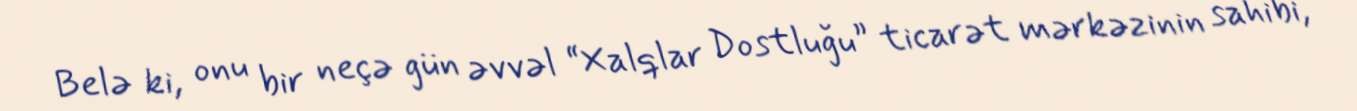
Belə ki, onu bir neçə gün əvvəl “Xalqlar Dostluğu” ticarət mərkəzinin sahibi,